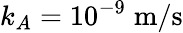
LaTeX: k_{A}=10^{-9}\; \mathrm{m}/\mathrm{s}